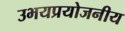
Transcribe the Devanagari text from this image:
उभयप्रयोजनीय